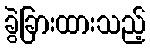
ခွဲခြားထားသည့်